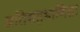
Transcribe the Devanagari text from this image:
अतिसहभागिता